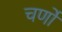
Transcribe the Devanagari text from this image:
चर्णों